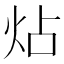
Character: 炶